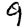
Digit: 9